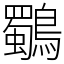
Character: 鸀